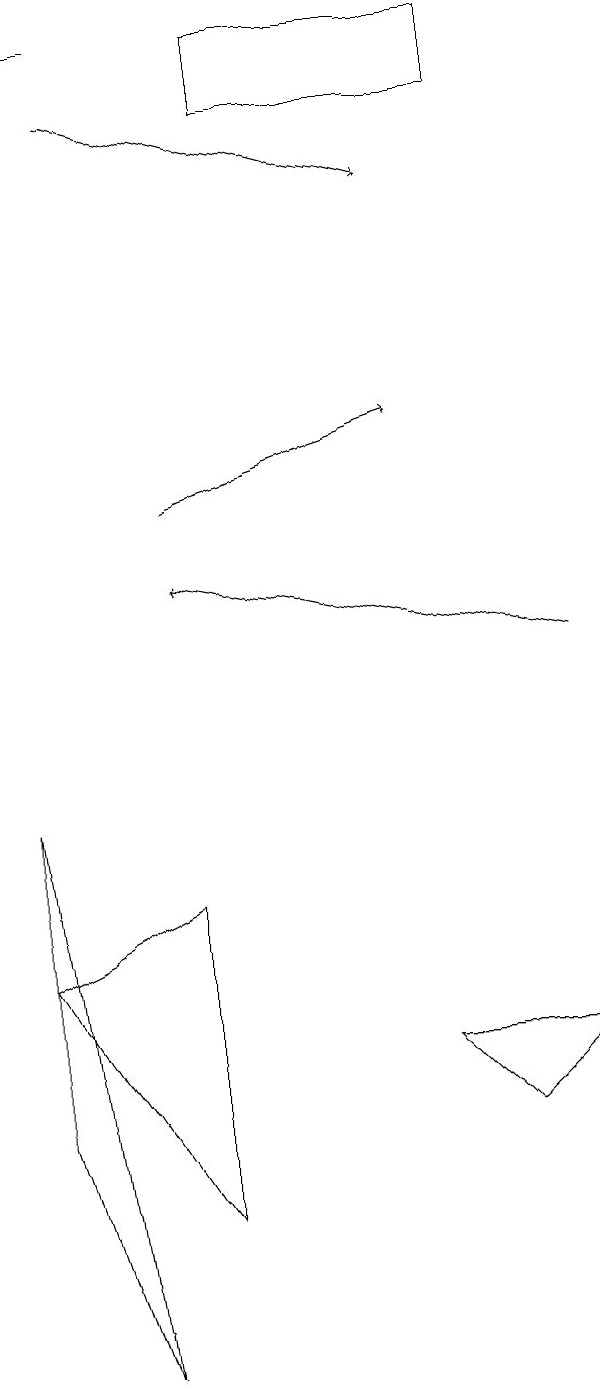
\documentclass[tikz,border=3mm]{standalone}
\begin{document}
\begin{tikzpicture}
\draw (8,6) -- (7,5) -- (6,6) -- cycle;
\draw[->] (3,13) -- (6,14);
\draw[->] (8,11) -- (3,12);
\draw (3,4) -- (3,8) -- (1,7) -- cycle;
\draw[->] (2,18) -- (6,17);
\draw (2,2) -- (1,9) -- (1,5) -- cycle;
\draw (7,18) rectangle (4,19);
\draw[->] (2,19) -- (1,19);
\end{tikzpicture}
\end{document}